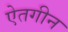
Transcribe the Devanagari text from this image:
ऐतगीन